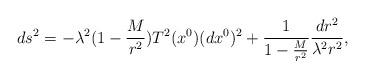
LaTeX: \begin{align*}ds^2 = - \lambda^2 ( 1- \frac{M}{r^2} ) T^2 (x^0 ) (dx^0 )^2 + \frac{1}{1- \frac{M}{r^2} } \frac{dr^2}{ \lambda^2 r^2} ,\end{align*}